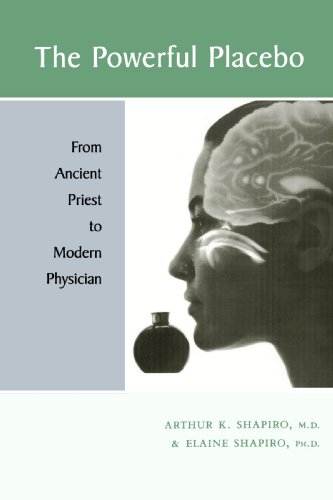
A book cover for The Powerful Placebo: From Ancient Priest to Modern Physician; Arthur K. Shapiro; Medical Books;